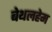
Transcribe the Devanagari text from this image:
बेथलहेम